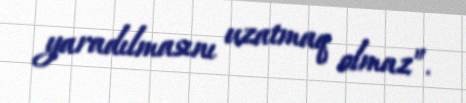
yaradılmasını uzatmaq olmaz”.